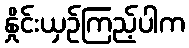
နှိုင်းယှဉ်ကြည့်ပါက